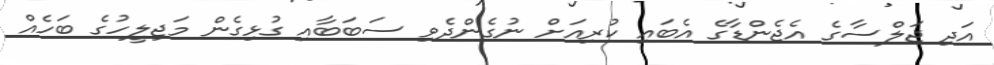
އަދި ޖަލްސާގެ އެޖެންޑާގެ އެބައި ކުރިއަށް ނުގެންދެވި ސަބަބާއި ގުޅިގެން މަޖިލީހުގެ ބަހެއް